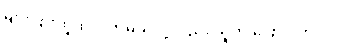
များပြားထူထပ်လာမယ်လို့လည်း သူက ပြောပါတယ်။